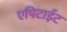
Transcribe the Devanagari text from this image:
एपिटाईट